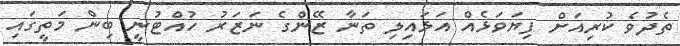
ތެދުވެ ކުރިއަށް ފިޔަވަޅެއް އަޅައިލި ތަނާ ޒޭންގެ ނަޒަރު ހުއްޓުނީ ބިން މަތީގައި